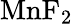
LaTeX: \mathrm{MnF_{2}}